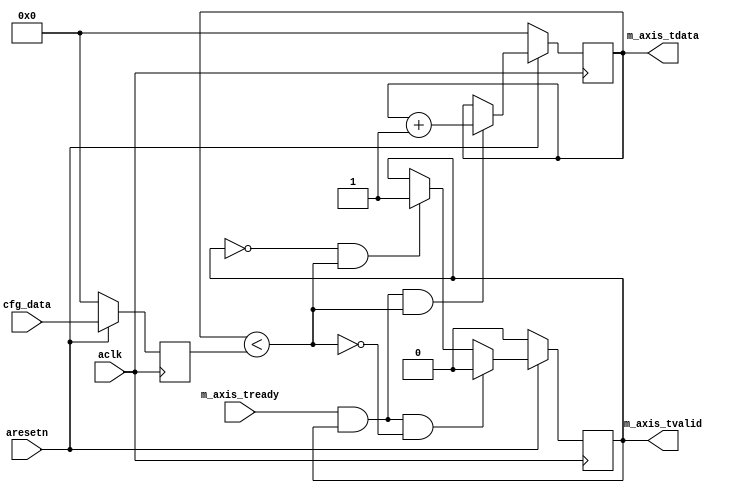

`timescale 1 ns / 1 ps

module axis_counter #
(
  parameter integer AXIS_TDATA_WIDTH = 32,
  parameter integer CNTR_WIDTH = 32,
  parameter         CONTINUOUS = "FALSE"
)
(
  // System signals
  input  wire                        aclk,
  input  wire                        aresetn,

  input  wire [CNTR_WIDTH-1:0]       cfg_data,

  // Master side
  output wire [AXIS_TDATA_WIDTH-1:0] m_axis_tdata,
  output wire                        m_axis_tvalid,
  input  wire                        m_axis_tready
);

  reg [CNTR_WIDTH-1:0] int_cntr_reg, int_cntr_next;
  reg [CNTR_WIDTH-1:0] int_data_reg;
  reg int_enbl_reg, int_enbl_next;

  wire [CNTR_WIDTH-1:0] int_incr_wire;
  wire int_comp_wire, int_last_wire;

  always @(posedge aclk)
  begin
    if(~aresetn)
    begin
      int_cntr_reg <= {(CNTR_WIDTH){1'b0}};
      int_data_reg <= {(CNTR_WIDTH){1'b0}};
      int_enbl_reg <= 1'b0;
    end
    else
    begin
      int_cntr_reg <= int_cntr_next;
      int_data_reg <= cfg_data;
      int_enbl_reg <= int_enbl_next;
    end
  end

  assign int_incr_wire = int_cntr_reg + 1'b1;
  assign int_comp_wire = int_cntr_reg < int_data_reg;
  assign int_last_wire = ~int_comp_wire;

  generate
    if(CONTINUOUS == "TRUE")
    begin : CONTINUE
      always @*
      begin
        int_cntr_next = int_cntr_reg;
        int_enbl_next = int_enbl_reg;

        if(~int_enbl_reg & int_comp_wire)
        begin
          int_enbl_next = 1'b1;
        end

        if(m_axis_tready & int_enbl_reg & int_comp_wire)
        begin
          int_cntr_next = int_incr_wire;
        end

        if(m_axis_tready & int_enbl_reg & int_last_wire)
        begin
          int_cntr_next = {(CNTR_WIDTH){1'b0}};
        end
      end
    end
    else
    begin : STOP
      always @*
      begin
        int_cntr_next = int_cntr_reg;
        int_enbl_next = int_enbl_reg;

        if(~int_enbl_reg & int_comp_wire)
        begin
          int_enbl_next = 1'b1;
        end

        if(m_axis_tready & int_enbl_reg & int_comp_wire)
        begin
          int_cntr_next = int_incr_wire;
        end

        if(m_axis_tready & int_enbl_reg & int_last_wire)
        begin
          int_enbl_next = 1'b0;
        end
      end
    end
  endgenerate

  assign m_axis_tdata = {{(AXIS_TDATA_WIDTH-CNTR_WIDTH){1'b0}}, int_cntr_reg};
  assign m_axis_tvalid = int_enbl_reg;

endmodule